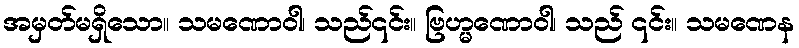
အမှတ်မရှိသော။ သမဏောဝါ၊ သည်၎င်း။ ဗြဟ္မဏောဝါ၊ သည် ၎င်း။ သမဏေန